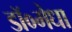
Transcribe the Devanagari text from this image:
डॉ०मेधा